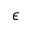
\epsilon